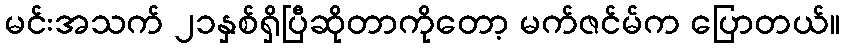
မင်းအသက် ၂၁နှစ်ရှိပြီဆိုတာကိုတော့ မက်ဇင်မ်က ပြောတယ်။